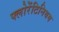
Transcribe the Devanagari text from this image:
फ्लोरेंटिनियम